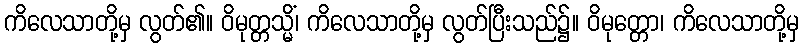
ကိလေသာတို့မှ လွတ်၏။ ဝိမုတ္တသ္မိံ၊ ကိလေသာတို့မှ လွတ်ပြီးသည်၌။ ဝိမုတ္တော၊ ကိလေသာတို့မှ